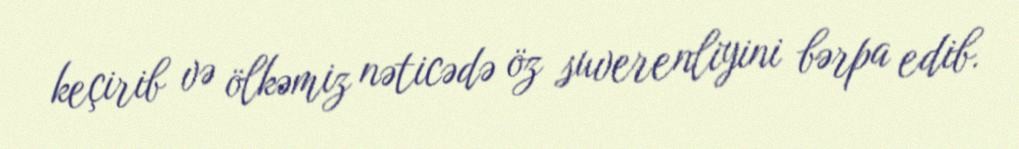
keçirib və ölkəmiz nəticədə öz suverenliyini bərpa edib.